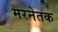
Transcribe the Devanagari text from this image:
मरनेतक